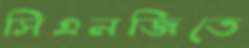
সিএনজিতে